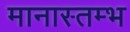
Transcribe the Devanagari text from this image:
मानास्तम्भ